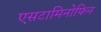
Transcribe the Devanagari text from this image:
एसटामिनोफिन